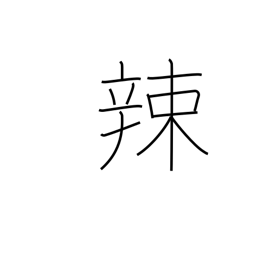
Meaning: pungent